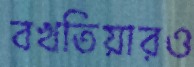
বখতিয়ারও